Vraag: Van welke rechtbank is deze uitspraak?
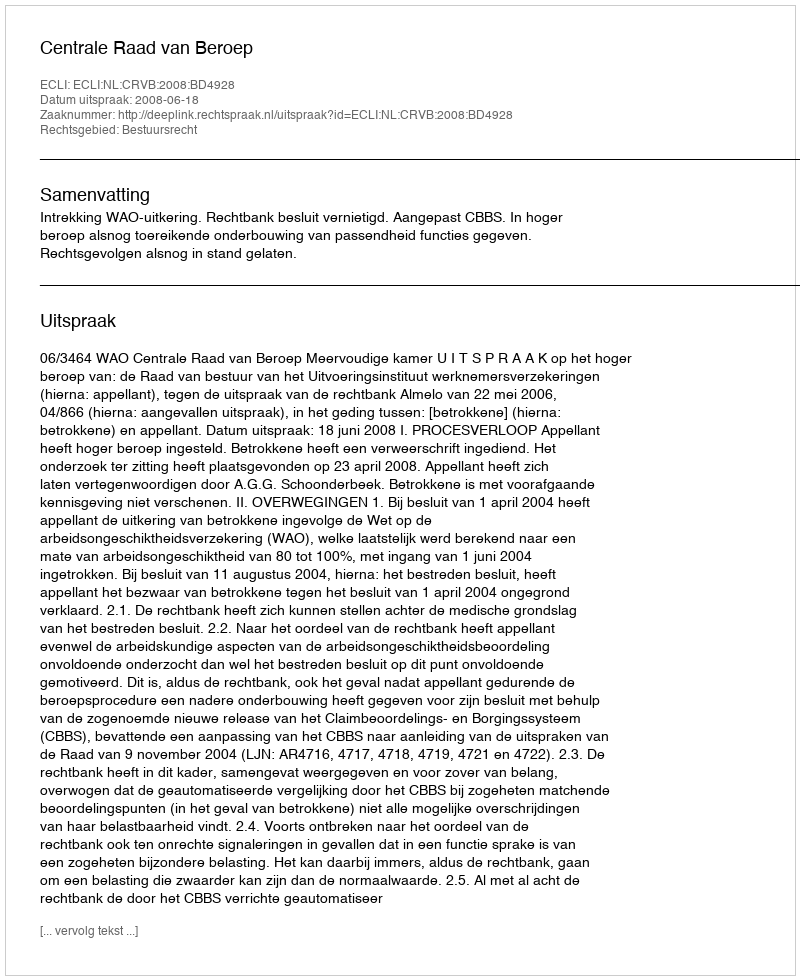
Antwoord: Centrale Raad van Beroep